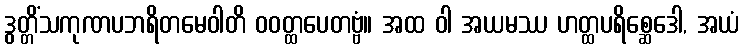
ဒွတ္တိံသကုဏပဘရိတမေဝါတိ ဝဝတ္ထပေတဗ္ဗံ။ အထ ဝါ အယမဿ ဟတ္ထပရိစ္ဆေဒေါ, အယံ